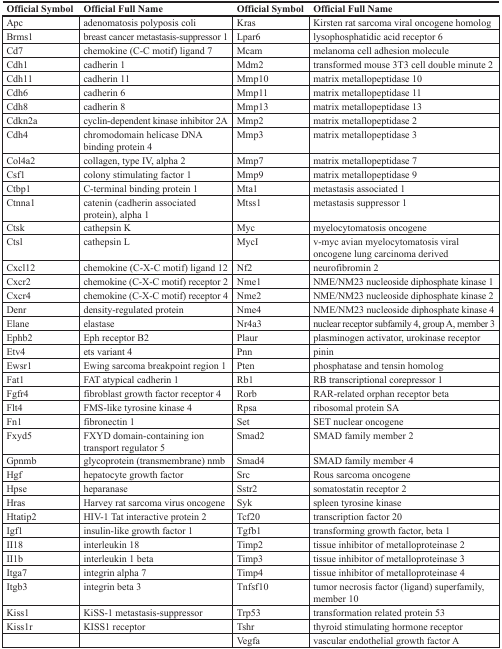
<table><thead><tr><td><b>Official Symbol</b></td><td><b>Official Full Name</b></td><td><b>Official Symbol</b></td><td><b>Official Full Name</b></td></tr></thead><tbody><tr><td>Apc</td><td>adenomatosis polyposis coli</td><td>Kras</td><td>Kirsten rat sarcoma viral oncogene homolog</td></tr><tr><td>Brms1</td><td>breast cancer metastasis-suppressor 1</td><td>Lpar6</td><td>lysophosphatidic acid receptor 6</td></tr><tr><td>Cd7</td><td>chemokine (C-C motif) ligand 7</td><td>Mcam</td><td>melanoma cell adhesion molecule</td></tr><tr><td>Cdh1</td><td>cadherin 1</td><td>Mdm2</td><td>transformed mouse 3T3 cell double minute 2</td></tr><tr><td>Cdh11</td><td>cadherin 11</td><td>Mmp10</td><td>matrix metallopeptidase 10</td></tr><tr><td>Cdh6</td><td>cadherin 6</td><td>Mmp11</td><td>matrix metallopeptidase 11</td></tr><tr><td>Cdh8</td><td>cadherin 8</td><td>Mmp13</td><td>matrix metallopeptidase 13</td></tr><tr><td>Cdkn2a</td><td>cyclin-dependent kinase inhibitor 2A</td><td>Mmp2</td><td>matrix metallopeptidase 2</td></tr><tr><td>Cdh4</td><td>chromodomain helicase DNA binding protein 4</td><td>Mmp3</td><td>matrix metallopeptidase 3</td></tr><tr><td>Col4a2</td><td>collagen, type IV, alpha 2</td><td>Mmp7</td><td>matrix metallopeptidase 7</td></tr><tr><td>Csf1</td><td>colony stimulating factor 1</td><td>Mmp9</td><td>matrix metallopeptidase 9</td></tr><tr><td>Ctbp1</td><td>C-terminal binding protein 1</td><td>Mta1</td><td>metastasis associated 1</td></tr><tr><td>Ctnna1</td><td>catenin (cadherin associated protein), alpha 1</td><td>Mtss1</td><td>metastasis suppressor 1</td></tr><tr><td>Ctsk</td><td>cathepsin K</td><td>Myc</td><td>myelocytomatosis oncogene</td></tr><tr><td>Ctsl</td><td>cathepsin L</td><td>MycI</td><td>v-myc avian myelocytomatosis viral oncogene lung carcinoma derived</td></tr><tr><td>Cxcl12</td><td>chemokine (C-X-C motif) ligand 12</td><td>Nf2</td><td>neurofibromin 2</td></tr><tr><td>Cxcr2</td><td>chemokine (C-X-C motif) receptor 2</td><td>Nme1</td><td>NME/NM23 nucleoside diphosphate kinase 1</td></tr><tr><td>Cxcr4</td><td>chemokine (C-X-C motif) receptor 4</td><td>Nme2</td><td>NME/NM23 nucleoside diphosphate kinase 2</td></tr><tr><td>Denr</td><td>density-regulated protein</td><td>Nme4</td><td>NME/NM23 nucleoside diphosphate kinase 4</td></tr><tr><td>Elane</td><td>elastase</td><td>Nr4a3</td><td>nuclear receptor subfamily 4, group A, member 3</td></tr><tr><td>Ephb2</td><td>Eph receptor B2</td><td>Plaur</td><td>plasminogen activator, urokinase receptor</td></tr><tr><td>Etv4</td><td>ets variant 4</td><td>Pnn</td><td>pinin</td></tr><tr><td>Ewsr1</td><td>Ewing sarcoma breakpoint region 1</td><td>Pten</td><td>phosphatase and tensin homolog</td></tr><tr><td>Fat1</td><td>FAT atypical cadherin 1</td><td>Rb1</td><td>RB transcriptional corepressor 1</td></tr><tr><td>Fgfr4</td><td>fibroblast growth factor receptor 4</td><td>Rorb</td><td>RAR-related orphan receptor beta</td></tr><tr><td>Flt4</td><td>FMS-like tyrosine kinase 4</td><td>Rpsa</td><td>ribosomal protein SA</td></tr><tr><td>Fn1</td><td>fibronectin 1</td><td>Set</td><td>SET nuclear oncogene</td></tr><tr><td>Fxyd5</td><td>FXYD domain-containing ion transport regulator 5</td><td>Smad2</td><td>SMAD family member 2</td></tr><tr><td>Gpnmb</td><td>glycoprotein (transmembrane) nmb</td><td>Smad4</td><td>SMAD family member 4</td></tr><tr><td>Hgf</td><td>hepatocyte growth factor</td><td>Src</td><td>Rous sarcoma oncogene</td></tr><tr><td>Hpse</td><td>heparanase</td><td>Sstr2</td><td>somatostatin receptor 2</td></tr><tr><td>Hras</td><td>Harvey rat sarcoma virus oncogene</td><td>Syk</td><td>spleen tyrosine kinase</td></tr><tr><td>Htatip2</td><td>HIV-1 Tat interactive protein 2</td><td>Tcf20</td><td>transcription factor 20</td></tr><tr><td>Igf1</td><td>insulin-like growth factor 1</td><td>Tgfb1</td><td>transforming growth factor, beta 1</td></tr><tr><td>II18</td><td>interleukin 18</td><td>Timp2</td><td>tissue inhibitor of metalloproteinase 2</td></tr><tr><td>II1b</td><td>interleukin 1 beta</td><td>Timp3</td><td>tissue inhibitor of metalloproteinase 3</td></tr><tr><td>Itga7</td><td>integrin alpha 7</td><td>Timp4</td><td>tissue inhibitor of metalloproteinase 4</td></tr><tr><td>Itgb3</td><td>integrin beta 3</td><td>Tnfsf10</td><td>tumor necrosis factor (ligand) superfamily, member 10</td></tr><tr><td>Kiss1</td><td>KiSS-1 metastasis-suppressor</td><td>Trp53</td><td>transformation related protein 53</td></tr><tr><td>Kiss1r</td><td>KISS1 receptor</td><td>Tshr</td><td>thyroid stimulating hormone receptor</td></tr><tr><td></td><td></td><td>Vegfa</td><td>vascular endothelial growth factor A</td></tr></tbody></table>